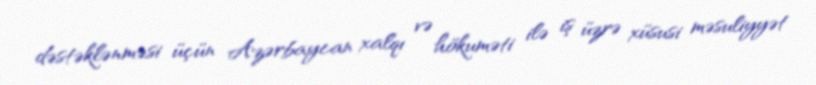
dəstəklənməsi üçün Azərbaycan xalqı və hökuməti ilə iş üzrə xüsusi məsuliyyət